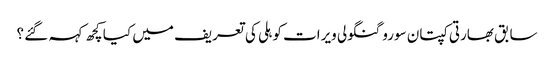
سابق بھارتی کپتان سورو گنگولی ویرات کوہلی کی تعریف میں کیا کچھ کہہ گئے ؟